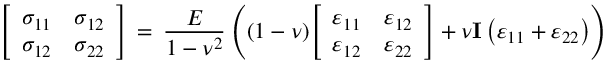
{ \left[ \begin{array} { l l } { \sigma _ { 1 1 } } & { \sigma _ { 1 2 } } \\ { \sigma _ { 1 2 } } & { \sigma _ { 2 2 } } \end{array} \right] } \, = \, { \frac { E } { 1 - \nu ^ { 2 } } } \left( ( 1 - \nu ) { \left[ \begin{array} { l l } { \varepsilon _ { 1 1 } } & { \varepsilon _ { 1 2 } } \\ { \varepsilon _ { 1 2 } } & { \varepsilon _ { 2 2 } } \end{array} \right] } + \nu \mathbf { I } \left( \varepsilon _ { 1 1 } + \varepsilon _ { 2 2 } \right) \right)